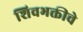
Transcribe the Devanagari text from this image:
शिवभक्तीचे